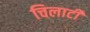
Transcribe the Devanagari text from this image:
चिलाटी